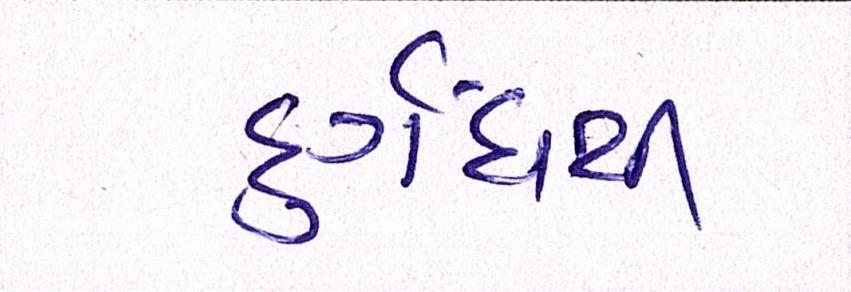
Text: દુર્ગંધથી